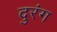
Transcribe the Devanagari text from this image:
दुरंग